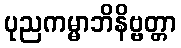
ပုညကမ္မာဘိနိဗ္ဗတ္တာ